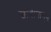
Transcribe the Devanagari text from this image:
खांबामागुन